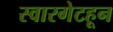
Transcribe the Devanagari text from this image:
स्वारगेटहून